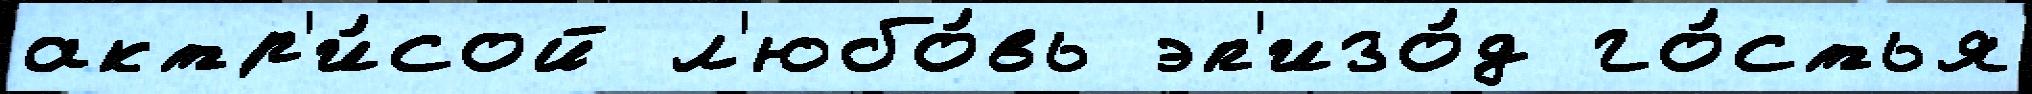
актр'и́сой л'юбо́вь эп'изо́д го́стья